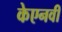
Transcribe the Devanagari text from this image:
केएनवी